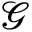
\mathcal { G }